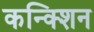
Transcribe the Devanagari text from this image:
कन्क्शिन